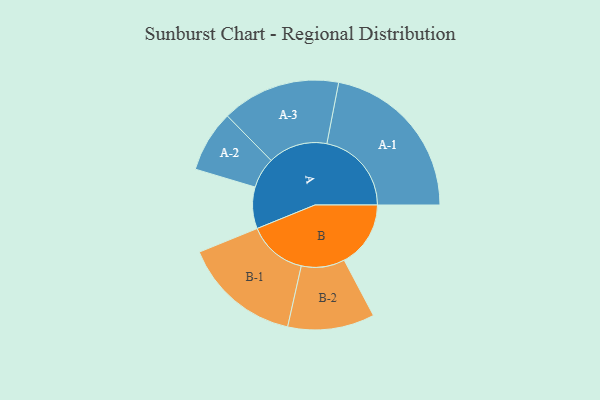
{"axis": {"x": "Segment", "y": "Value"}, "legend": ["", "A", "B"], "data": [{"x": "A", "y": 135, "type": ""}, {"x": "B", "y": 216, "type": ""}, {"x": "A-1", "y": 275, "type": "A"}, {"x": "A-2", "y": 100, "type": "A"}, {"x": "A-3", "y": 193, "type": "A"}, {"x": "B-1", "y": 192, "type": "B"}, {"x": "B-2", "y": 141, "type": "B"}]}